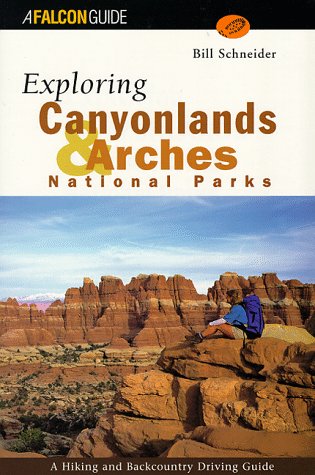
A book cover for Exploring Canyonlands and Arches National Parks (Exploring Series); Bill Schneider; Travel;